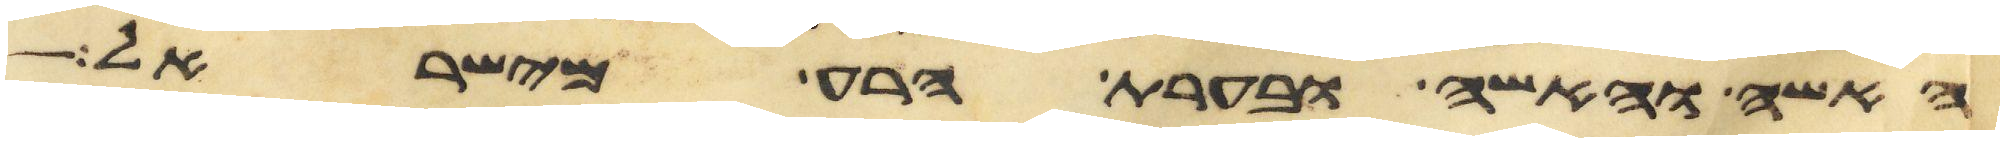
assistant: האשה והאשה ובערת הרע מישראל